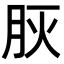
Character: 𦙻